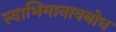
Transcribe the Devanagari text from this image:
स्वाभिमानावबोध